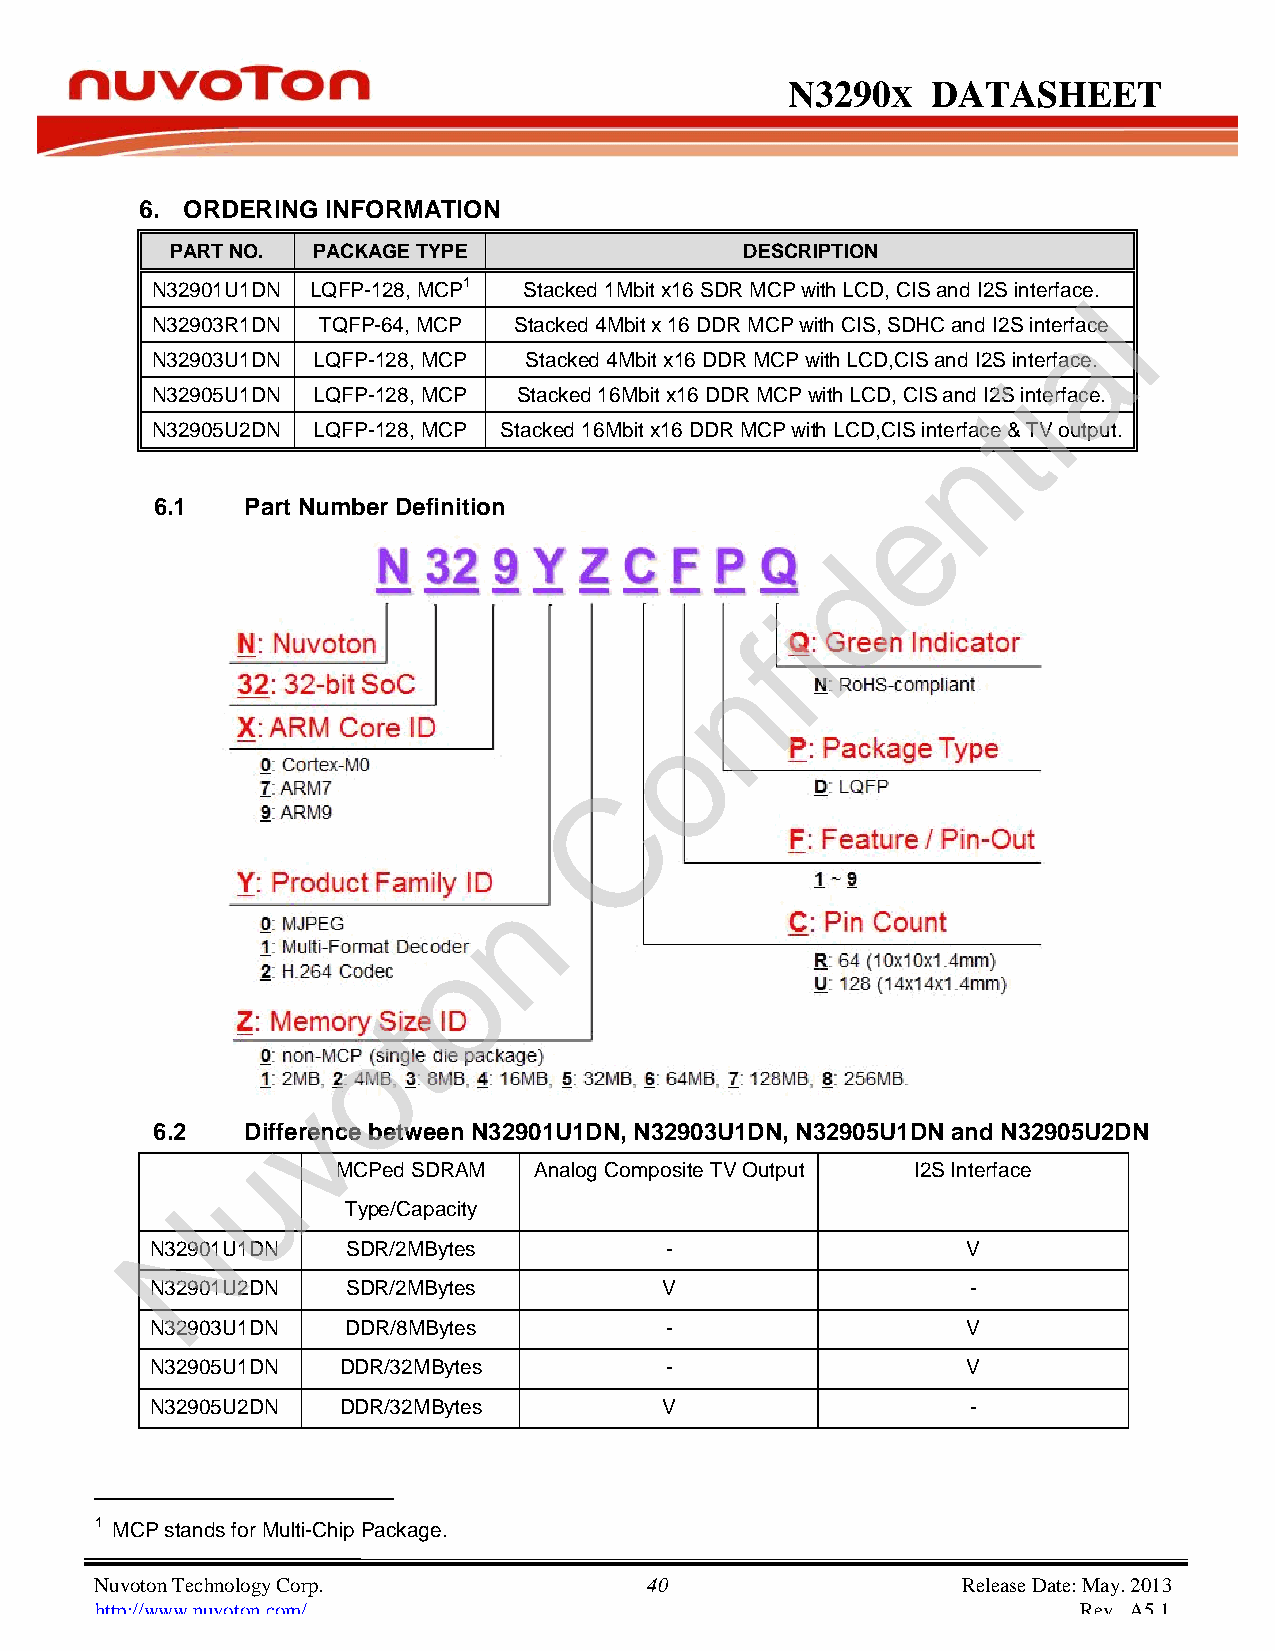
N3290      X DATASHEET
 6. ORDERING INFORMATION
 PART NO.  PACKAGE TYPE                DESCRIPTION
 N32901U1DN LQFP-128, MCP1 Stacked 1Mbit x16 SDR MCP with LCD, CIS and I2S interfacel.
 a
 N32903R1DN TQFP-64, MCP Stacked 4Mbit x 16 DDR MCP with CIS, SDHC and I2S interface
 N32903U1DN LQFP-128, MCP Stacked 4Mbit x16 DDR MCP with LCD,CIS and I2S interface.
 i
 N32905U1DN LQFP-128, MCP Stacked 16Mbit x16 DDR MCP with LCD, CIS and I2S tinterface.
 N32905U2DN LQFP-128, MCP Stacked 16Mbit x16 DDR MCP with LCD,CIS interfance & TV output.
 e
 6.1 Part Number Definition
 d
 i
 f
 n
 o
 C
 n
 o
 t
 o
 v
 6.2 Difference between N32901U1DN, N32903U1DN, N32905U1DN and N32905U2DN
 u
 MCPed SDRAM              Analog Composite TV Output I2S Interface
 N          Type/Capacity
 N32901U1DN SDR/2MBytes - V
 N32901U2DN SDR/2MBytes V -
 N32903U1DN DDR/8MBytes - V
 N32905U1DN DDR/32MBytes - V
 N32905U2DN DDR/32MBytes V -
 1 MCP stands for Multi-Chip Package.
 Nuvoton Technology Corp. 40                               Release Date: May. 2013
 http://www.nuvoton.com/                                           Rev. A5.1